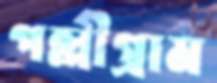
পল্লীগ্রাম